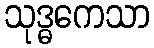
သုဒ္ဓကေသာ